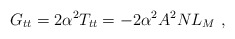
\begin{align*}G_{tt}=2\alpha^2 T_{tt}=-2\alpha^2 A^2 N L_{M}\ ,\end{align*}